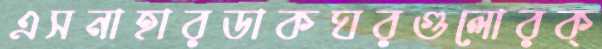
এসনাহারডাকঘরগুলোরক্